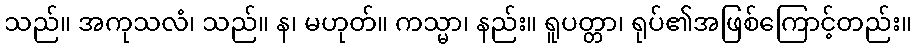
သည်။ အကုသလံ၊ သည်။ န၊ မဟုတ်။ ကသ္မာ၊ နည်း။ ရူပတ္တာ၊ ရုပ်၏အဖြစ်ကြောင့်တည်း။